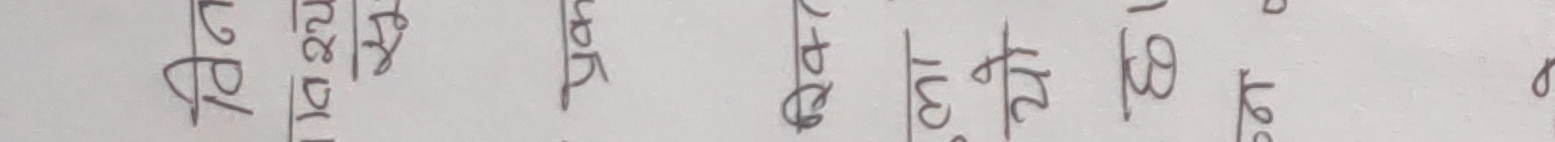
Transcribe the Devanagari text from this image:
१५ ११ २२ १८ १५ २० २२ २१ ३०